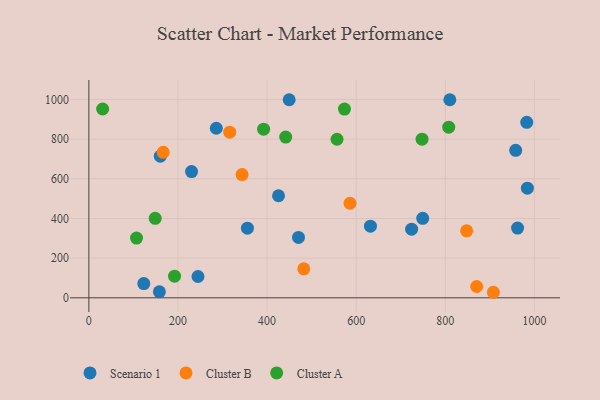
{"axis": {"x": "Investment", "y": "Rating"}, "legend": ["Cluster A", "Cluster B", "Scenario 1"], "data": [{"x": "286.0", "y": 854.8, "type": "Scenario 1"}, {"x": "958.0", "y": 743.3, "type": "Scenario 1"}, {"x": "230.5", "y": 636.5, "type": "Scenario 1"}, {"x": "470.5", "y": 304.3, "type": "Scenario 1"}, {"x": "425.7", "y": 514.4, "type": "Scenario 1"}, {"x": "355.9", "y": 351.0, "type": "Scenario 1"}, {"x": "982.8", "y": 884.5, "type": "Scenario 1"}, {"x": "962.2", "y": 351.7, "type": "Scenario 1"}, {"x": "123.3", "y": 71.9, "type": "Scenario 1"}, {"x": "160.4", "y": 714.0, "type": "Scenario 1"}, {"x": "749.3", "y": 400.5, "type": "Scenario 1"}, {"x": "449.6", "y": 998.6, "type": "Scenario 1"}, {"x": "158.3", "y": 30.2, "type": "Scenario 1"}, {"x": "810.2", "y": 998.5, "type": "Scenario 1"}, {"x": "984.2", "y": 552.6, "type": "Scenario 1"}, {"x": "244.9", "y": 107.4, "type": "Scenario 1"}, {"x": "632.0", "y": 361.3, "type": "Scenario 1"}, {"x": "724.4", "y": 345.8, "type": "Scenario 1"}, {"x": "166.8", "y": 733.3, "type": "Cluster B"}, {"x": "343.8", "y": 621.2, "type": "Cluster B"}, {"x": "847.9", "y": 337.8, "type": "Cluster B"}, {"x": "316.1", "y": 834.9, "type": "Cluster B"}, {"x": "482.3", "y": 146.1, "type": "Cluster B"}, {"x": "870.4", "y": 57.0, "type": "Cluster B"}, {"x": "907.8", "y": 27.9, "type": "Cluster B"}, {"x": "586.1", "y": 476.7, "type": "Cluster B"}, {"x": "441.8", "y": 810.2, "type": "Cluster A"}, {"x": "392.2", "y": 850.2, "type": "Cluster A"}, {"x": "807.7", "y": 860.1, "type": "Cluster A"}, {"x": "107.0", "y": 301.3, "type": "Cluster A"}, {"x": "573.7", "y": 951.5, "type": "Cluster A"}, {"x": "192.3", "y": 109.3, "type": "Cluster A"}, {"x": "148.9", "y": 400.7, "type": "Cluster A"}, {"x": "747.8", "y": 799.5, "type": "Cluster A"}, {"x": "557.0", "y": 799.4, "type": "Cluster A"}, {"x": "30.9", "y": 951.8, "type": "Cluster A"}]}